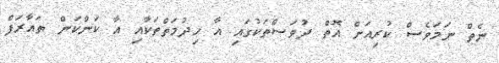
ނެތް ނަމަވެސް ކުރިއަށް އޮތް ދުވަސްތަކުގައި އާ ހިދުމަތްތަކާއި އާ ކަންކަން ތައާރަފް